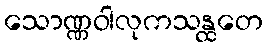
သောဏ္ဏဝါလုကသန္ထတေ